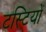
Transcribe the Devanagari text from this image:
टस्टियों